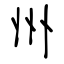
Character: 州